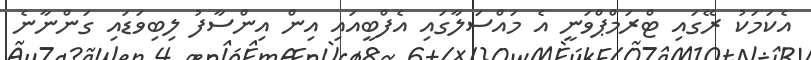
އެކަމަކު ރޭގައި ޓްރަމްޕްވަނީ އެ މައްސަލާގައި އެފްބީއައި އިން އިންސާފު ލިބިވަޑައި ގަންނާނެ